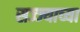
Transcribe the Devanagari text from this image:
सज्ज्याच्या